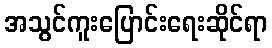
အသွင်ကူးပြောင်းရေးဆိုင်ရာ